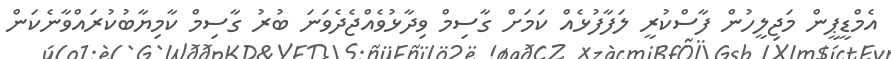
އެމްޑީޕީން މަޖިލީހުން ފާސްކުރީ ލަފާފުޅެއް ކަމަށް ގާސިމް ވިދާޅުވެއްޖެދެވަނަ ބުރު ގާސިމް ކާމިޔާބުކުރައްވާނެކަން